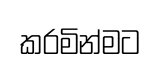
කරමින්මට